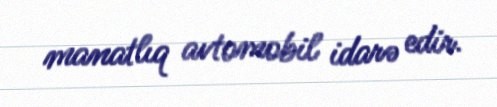
manatlıq avtomobil idarə edir.